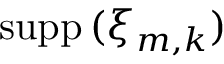
\ensuremath { \mathrm { s u p p \, } } ( \xi _ { m , k } )